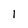
Character: 1